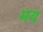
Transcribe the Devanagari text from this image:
मयः